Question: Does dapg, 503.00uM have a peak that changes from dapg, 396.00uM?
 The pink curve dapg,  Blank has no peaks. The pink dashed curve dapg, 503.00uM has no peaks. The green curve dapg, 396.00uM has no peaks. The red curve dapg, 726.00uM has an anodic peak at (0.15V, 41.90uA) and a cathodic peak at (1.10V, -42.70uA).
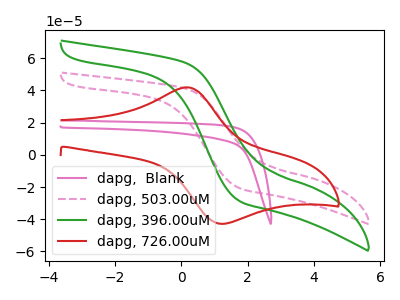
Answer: <think>Neither "dapg, 503.00uM" or "dapg, 396.00uM" have any peaks.
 </think>
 <answer>No, "dapg, 503.00uM" and "dapg, 396.00uM" don't appear to be significantly different in shape</answer>
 <eval>no_change</eval>